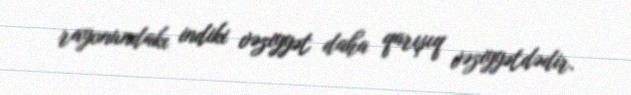
rayonundakı indiki vəziyyət daha qarışıq vəziyyətdədir.